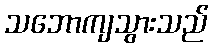
သဘောကျသွားသည်